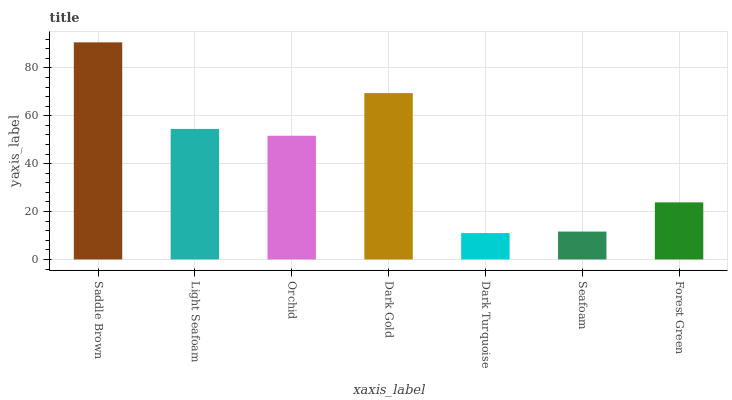
| xaxis_label | bars |
 | --- | --- |
 | Saddle Brown | 90.6 |
 | Light Seafoam | 54.5 |
 | Orchid | 51.7 |
 | Dark Gold | 69.5 |
 | Dark Turquoise | 11 |
 | Seafoam | 11.6 |
 | Forest Green | 23.8 |